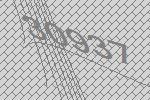
30937